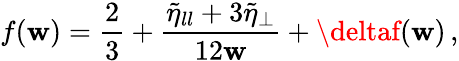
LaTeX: f(\mathbf{w})=\frac{{2}}{{3}}+\frac{{\tilde{{\eta}}_{ll}+3\tilde{{\eta}}_{\perp}}}{{12\mathbf{w}}}+\deltaf(\mathbf{w})\, ,